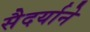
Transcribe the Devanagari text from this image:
सैदर्याने